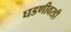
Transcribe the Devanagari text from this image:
घडणीवरही